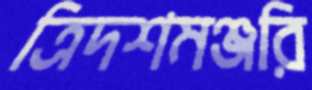
ত্রিদশমঞ্জরি